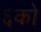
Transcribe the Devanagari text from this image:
६को